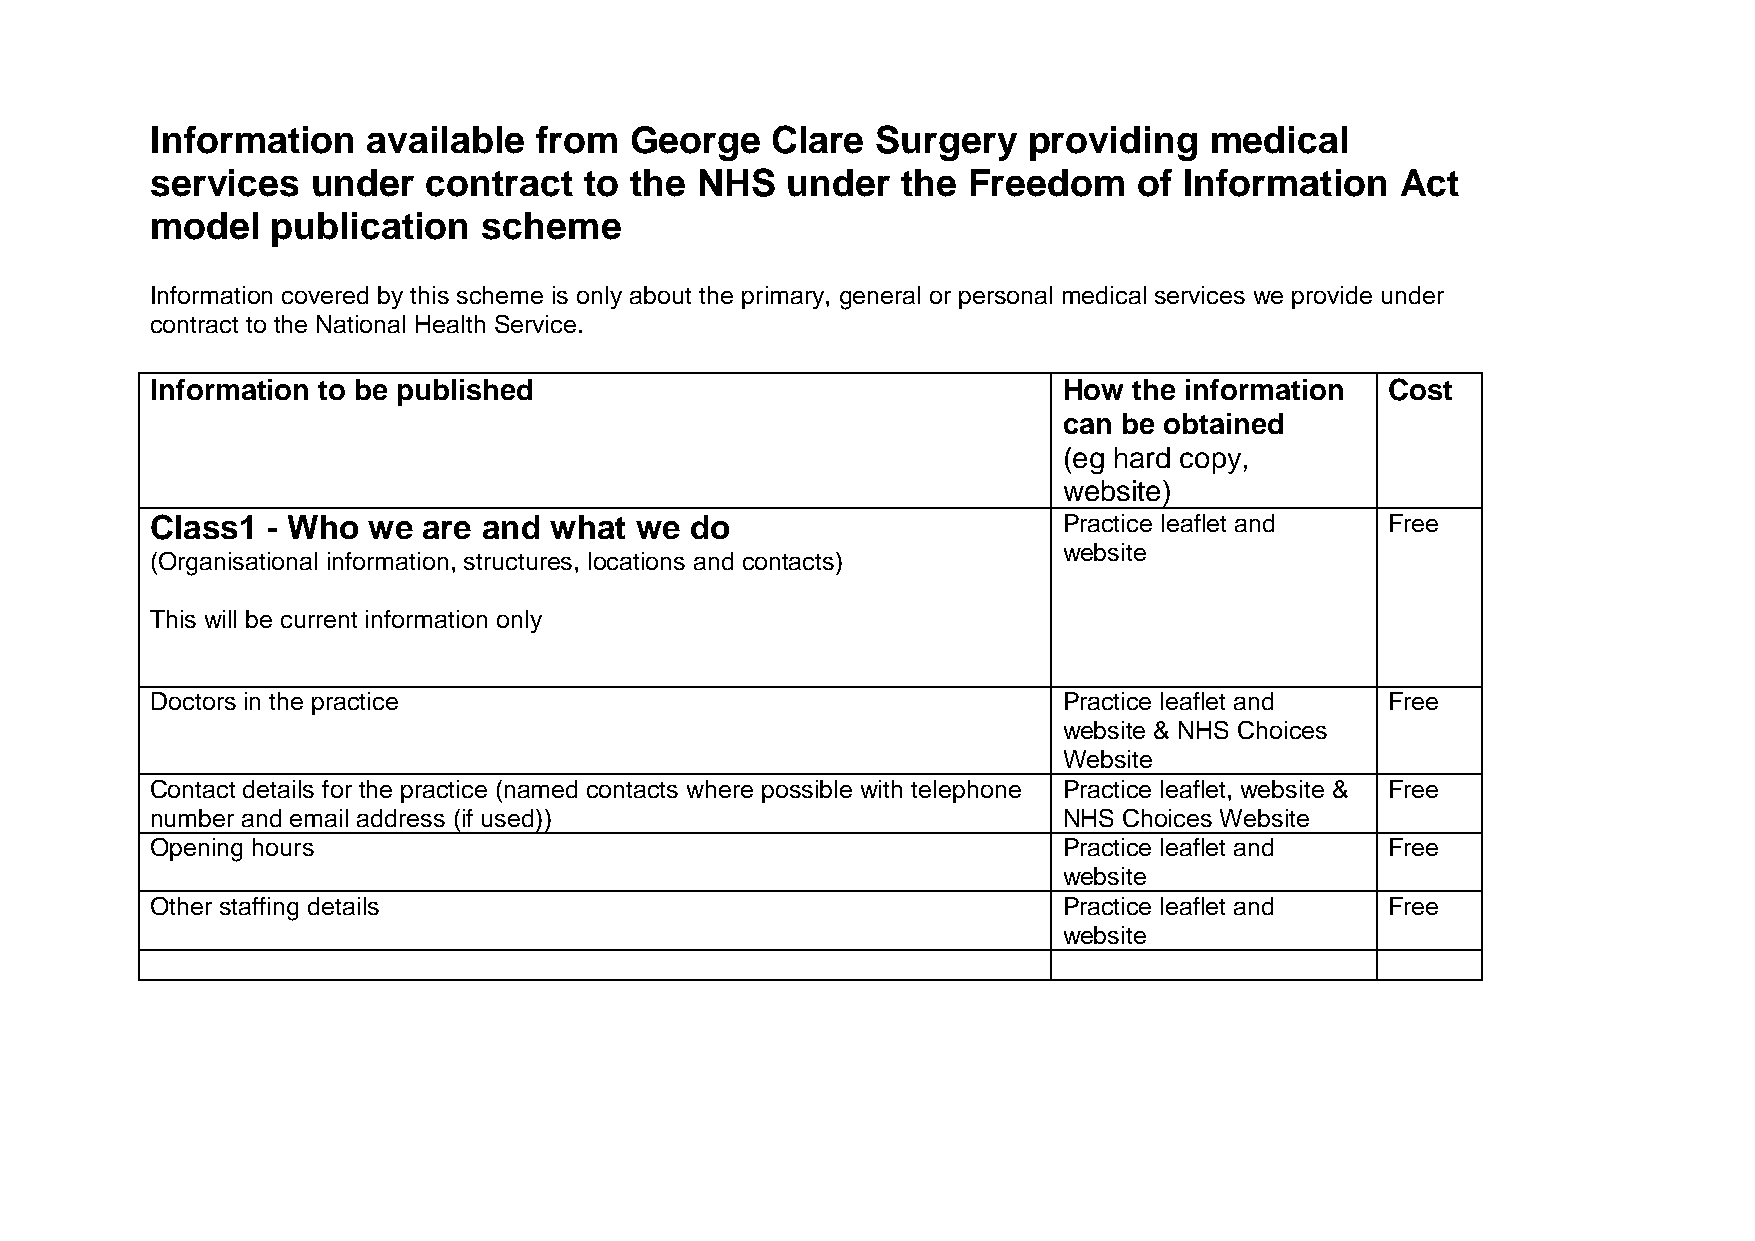
Information   available  from   George   Clare  Surgery   providing   medical
 services   under  contract   to the NHS   under   the Freedom    of Information    Act
 model   publication   scheme
 Information covered by this scheme is only about the primary, general or personal medical services we provide under
 contract to the National Health Service.
 Information to be published                                 How  the information  Cost
 can be obtained
 (eg hard copy,
 website)
 Class1  - Who we  are and what  we  do                      Practice leaflet and  Free
 website
 (Organisational information, structures, locations and contacts)
 This will be current information only
 Doctors in the practice                                     Practice leaflet and  Free
 website & NHS Choices
 Website
 Contact details for the practice (named contacts where possible with telephone Practice leaflet, website & Free
 number and email address (if used))                         NHS Choices Website
 Opening hours                                               Practice leaflet and  Free
 website
 Other staffing details                                      Practice leaflet and  Free
 website